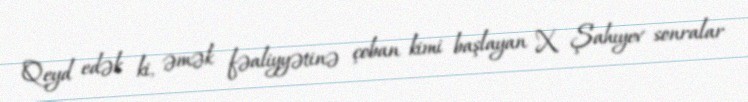
Qeyd edək ki, əmək fəaliyyətinə çoban kimi başlayan X. Şahıyev sonralar